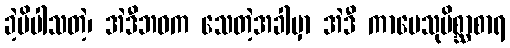
ခဲ့မိပါသတဲ့၊ အဲဒီဘဝက သေတဲ့အခါမှာ အဲဒီ ကာမေသုမိစ္ဆာစာရ